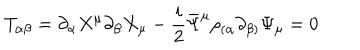
T _ { \alpha \beta } = \partial _ { \alpha } X ^ { \mu } \partial _ { \beta } X _ { \mu } - \frac { i } { 2 } \bar { \Psi } ^ { \mu } \rho _ { ( \alpha } \partial _ { \beta ) } \Psi _ { \mu } = 0